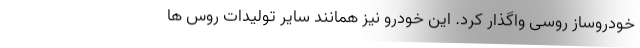
خودروساز روسی واگذار کرد. این خودرو نیز همانند سایر تولیدات روس ها